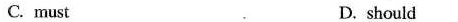
C. must D. should